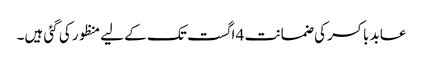
عابد باکسر کی ضمانت 4 اگست تک کے لیے منظور کی گئی ہیں۔